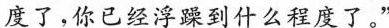
度了，你已经浮躁到什么程度了。”